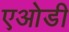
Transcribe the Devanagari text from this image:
एओडी